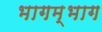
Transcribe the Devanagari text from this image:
भागम्भाग